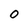
Character: 0